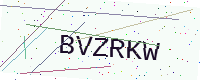
Text: BVZRKW